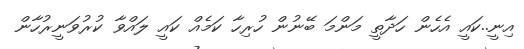
އިނީ..ކައީ އެހެން ހަދާތީ މަންމަ ބޭނުން ހުރިހާ ކަމެއް ކައީ ލައްވާ ކުރުވަނީރުހާން